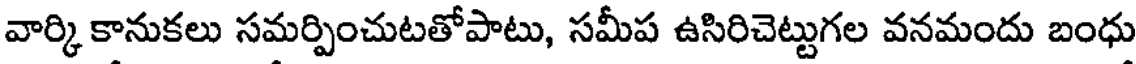
వార్కి కానుకలు సమర్పించుటతోపాటు, సమీప ఉసిరిచెట్టుగల వనమందు బంధు